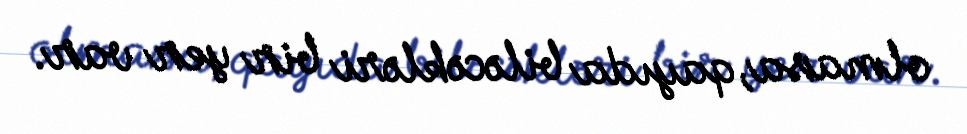
olmasa, qayıda biləcəkləri bir yer var.